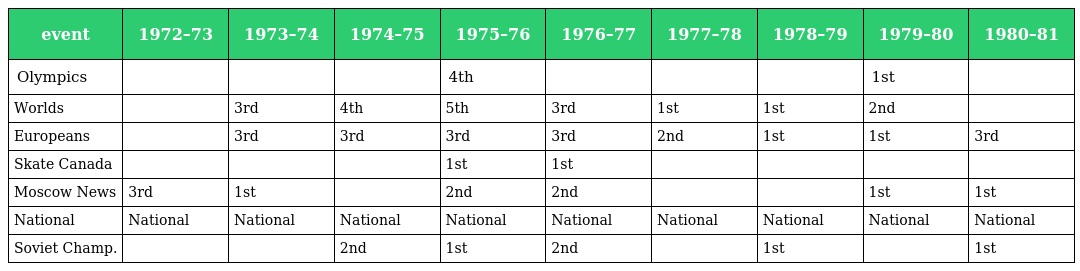
| event | 1972–73 | 1973–74 | 1974–75 | 1975–76 | 1976–77 | 1977–78 | 1978–79 | 1979–80 | 1980–81 |
 | --- | --- | --- | --- | --- | --- | --- | --- | --- | --- |
 | Olympics |  |  |  | 4th |  |  |  | 1st |  |
 | Worlds |  | 3rd | 4th | 5th | 3rd | 1st | 1st | 2nd |  |
 | Europeans |  | 3rd | 3rd | 3rd | 3rd | 2nd | 1st | 1st | 3rd |
 | Skate Canada |  |  |  | 1st | 1st |  |  |  |  |
 | Moscow News | 3rd | 1st |  | 2nd | 2nd |  |  | 1st | 1st |
 | National | National | National | National | National | National | National | National | National | National |
 | Soviet Champ. |  |  | 2nd | 1st | 2nd |  | 1st |  | 1st |